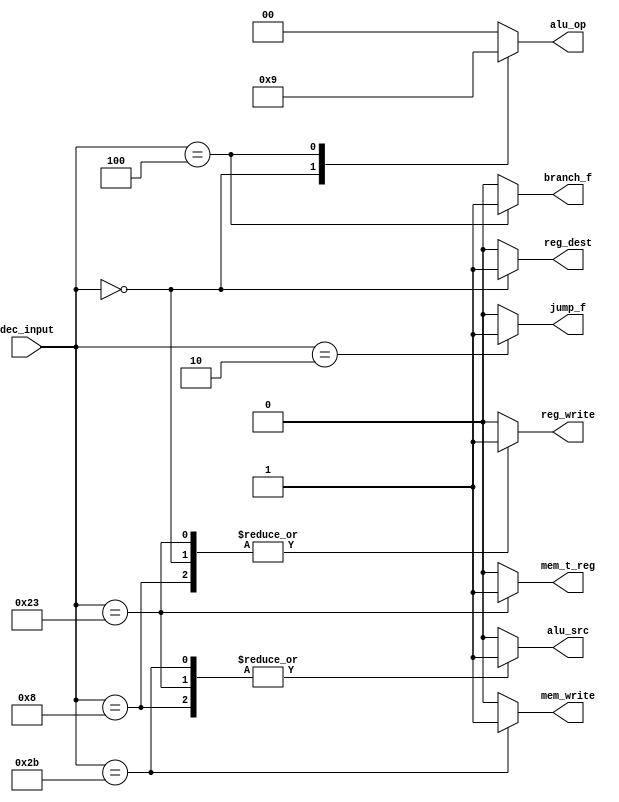
// This program was cloned from: https://github.com/ahmd-kamel/Single-Cycle_MIPS
// License: The Unlicense

module MAIN_DECODER
(
    input  wire [5:0]  dec_input,
    output reg         mem_t_reg,
    output reg         mem_write,
    output reg         branch_f,
    output reg         alu_src,
    output reg         reg_dest,
    output reg         reg_write,
    output reg         jump_f,
    output reg  [1:0]  alu_op
);

    always @(*) begin
        case(dec_input)

            //R-Type you can general operation depend on func of cu and stroe in reg file
            'b000000 : begin
                reg_write  = 'b1;
                reg_dest   = 'b1;
                alu_op     = 'b10;
                jump_f     = 'b0;
                mem_t_reg  = 'b0;
                mem_write  = 'b0;
                branch_f   = 'b0;
                alu_src    = 'b0;
            end

            //Load word from data memory to reg file
            'b100011 : begin
                reg_write = 'b1;
                alu_src   = 'b1;
                mem_t_reg = 'b1;
                mem_write = 'b0;
                branch_f  = 'b0;
                reg_dest  = 'b0;
                jump_f    = 'b0;
                alu_op    = 'b00;
            end

            //Store word in data memory
            'b101011 : begin
                alu_src   = 'b1;
                mem_write = 'b1;
                branch_f  = 'b0;
                reg_dest  = 'b0;
                jump_f    = 'b0;
                alu_op    = 'b00;
                reg_write = 'b0;
                mem_t_reg = 'b0;
            end

            //Branch if equal add pc to offset
            'b000100 : begin
                branch_f  = 'b1;
                alu_op    = 'b01;
                reg_dest  = 'b0;
                jump_f    = 'b0;
                reg_write = 'b0;
                mem_t_reg = 'b0;
                alu_src   = 'b0;
                mem_write = 'b0;
            end

            //Add immediate and put it direct in reg file
            'b001000 : begin
                reg_write = 'b1;
                alu_src   = 'b1;
                branch_f  = 'b0;
                alu_op    = 'b00;
                reg_dest  = 'b0;
                jump_f    = 'b0;
                mem_t_reg = 'b0;
                mem_write = 'b0;
            end

            //Jump we set the jump flag you add pc to offset
            'b000010 : begin
                jump_f    = 'b1;
                reg_write = 'b0;
                alu_src   = 'b0;
                branch_f  = 'b0;
                alu_op    = 'b00;
                reg_dest  = 'b0;
                mem_t_reg = 'b0;
                mem_write = 'b0;
            end

            //Default all flags are zeros
            default : begin
                mem_t_reg = 'b0;
                mem_write = 'b0;
                branch_f  = 'b0;
                alu_src   = 'b0;
                reg_dest  = 'b0;
                reg_write = 'b0;
                jump_f    = 'b0;
                alu_op    = 'b00; 
            end
            
        endcase
    end
    
endmodule